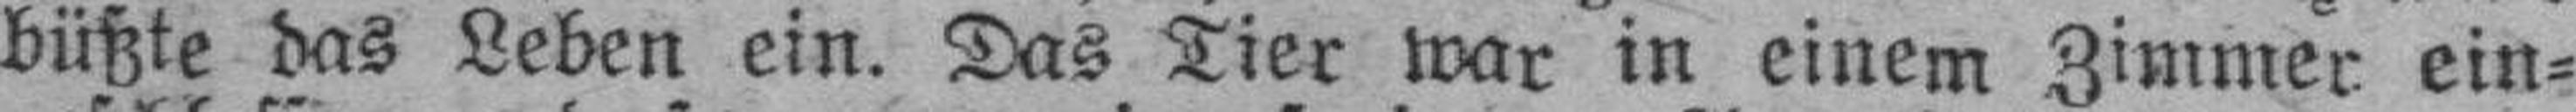
büßte das Leben ein. Das Tier war in einem Zimmer ein¬